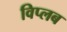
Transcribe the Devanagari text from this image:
विप्लब